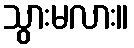
သွားမလား။